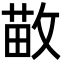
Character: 𫿁